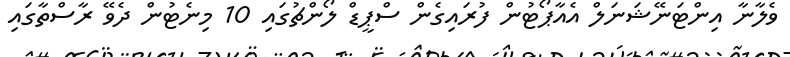
ވެލާނާ އިންޓަނޭޝަނަލް އެއާޕޯޓުން ފުރައިގެން ސްޕީޑް ލޯންޗުގައި 10 މިނެޓުން ދެވޭ ރާސްތާގައި